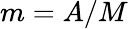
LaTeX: m=A/M